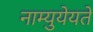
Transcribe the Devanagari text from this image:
नाम्युयेयते